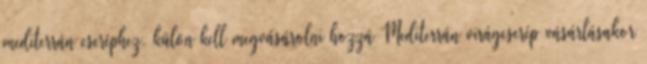
mediterrán cseréphez, külön kell megvásárolni hozzá Mediterrán virágcserép vásárlásakor